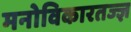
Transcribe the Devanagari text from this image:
मनोविकारतज्‍ज्ञ